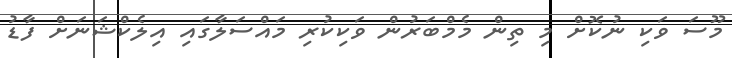
މޫސަ ވަކި ނުކޮށް މި ތިން މެމްބަރުން ވަކިކުރި މައްސަލާގައި އިލެކްޝަނަށް ފާޑު